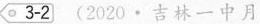
3-2(2020·吉林一中月